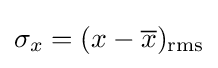
\sigma _{x}=(x-{\overline {x}})_{\text{rms}}